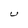
Character: U